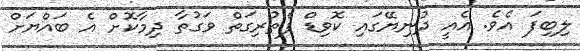
ލިބިފަ އެވެ. އެއީ ދުނިޔޭގައި ކޮވިޑް ފެތުރިގަތް ވަގުތާ ދިމާކޮށް އެ ބައްޔަށް